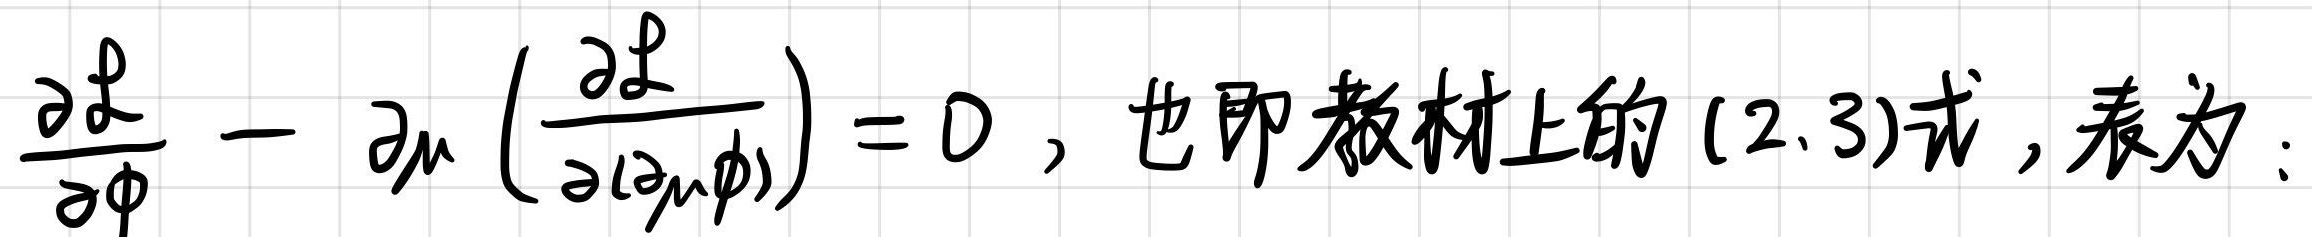
\frac{\partial \mathcal{L}}{\partial \phi}-\partial_{\mu}\left(\frac{\partial \mathcal{L}}{\partial(\partial_{\mu}\phi)}\right)=0, 也即教材上的(2.3)式, 表为: